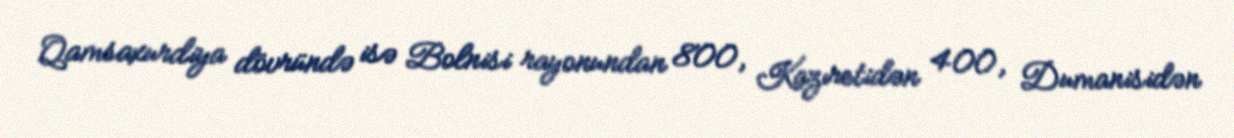
Qamsaxurdiya dövründə isə Bolnisi rayonundan 800, Kazıretidən 400, Dumanisidən